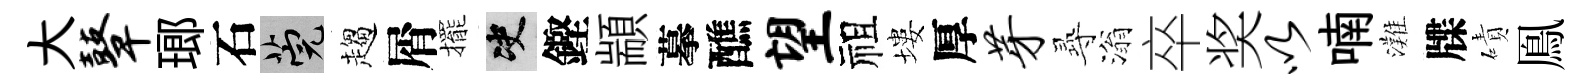
大鼙瑯石筦趨屑擺决鏗顓摹醮望祖塿厚芽𡬶滃卒奖以喃灘牒磧鳯